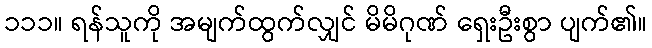
၁၁၁။ ရန်သူကို အမျက်ထွက်လျှင် မိမိဂုဏ် ရှေးဦးစွာ ပျက်၏။